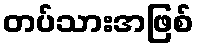
တပ်သားအဖြစ်